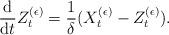
LaTeX: \begin{align*}\frac{\rm d}{{\rm d}t} Z_t^{(\epsilon)} = \frac{1}{\delta} (X_t^{(\epsilon)} - Z_t^{(\epsilon)}).\end{align*}